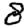
Digit: 8